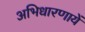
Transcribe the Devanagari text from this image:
अभिधारणायें